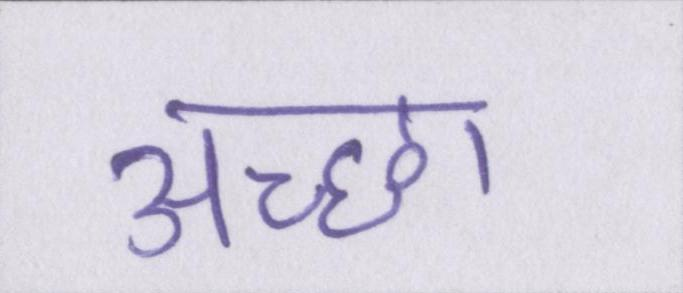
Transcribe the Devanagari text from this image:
अच्छा